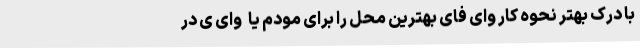
با درک بهتر نحوه کار وای فای بهترین محل را برای مودم یا   واى ى در